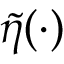
\tilde { \eta } ( \cdot )